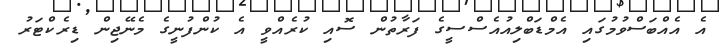
އެ އެއްބަސްވުމުގައި އެމްޑަބްލިއުއެސްސީގެ ފަރާތުން ސޮއި ކުރެއްވީ އެ ކުންފުނީގެ މެނޭޖިން ޑިރެކްޓަރު